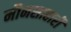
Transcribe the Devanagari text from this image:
मौनसाहारी